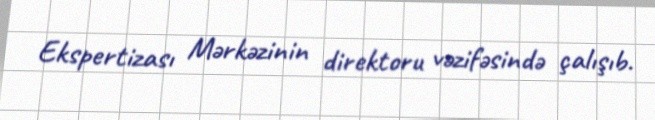
Ekspertizası Mərkəzinin direktoru vəzifəsində çalışıb.